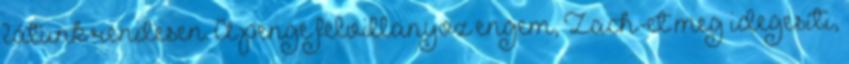
látunk rendesen. A penge felvillanyoz engem, Zach-et meg idegesíti,